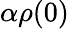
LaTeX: \alpha\rho(0)